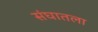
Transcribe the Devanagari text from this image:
संघातला